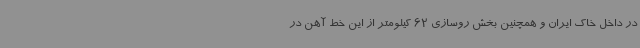
در داخل خاک ایران و همچنین بخش روسازی 62 کیلومتر از این خط آهن در